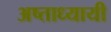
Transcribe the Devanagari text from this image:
अष्ताध्यायी